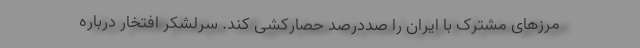
مرزهای مشترک با ایران را صددرصد حصارکشی کند. سرلشکر افتخار درباره